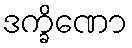
ဒက္ခိဏော